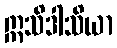
ဣသိဒါသိယာ